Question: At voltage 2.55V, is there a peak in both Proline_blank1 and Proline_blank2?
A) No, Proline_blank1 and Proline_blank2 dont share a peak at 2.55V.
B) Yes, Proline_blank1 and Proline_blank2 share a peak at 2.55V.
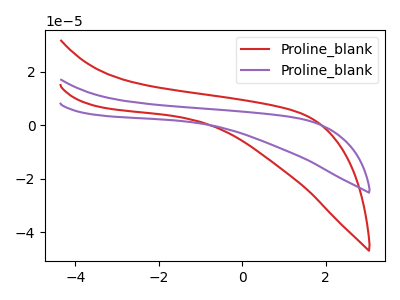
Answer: <think>The red curve "Proline_blank1" has no peaks. The purple curve "Proline_blank2" has no peaks.</think>
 <answer>A) No, "Proline_blank1" and "Proline_blank2" dont share a peak at 2.55V.</answer>
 <eval>A</eval>